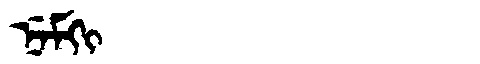
Manchu: ᠨᡝᠮᡴᡳ
Romanization: NEMKI